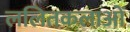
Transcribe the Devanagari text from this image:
ललितकलाओं